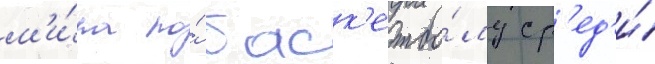
м'и́ра по́ баск'етбо́лу ср'ед'и́